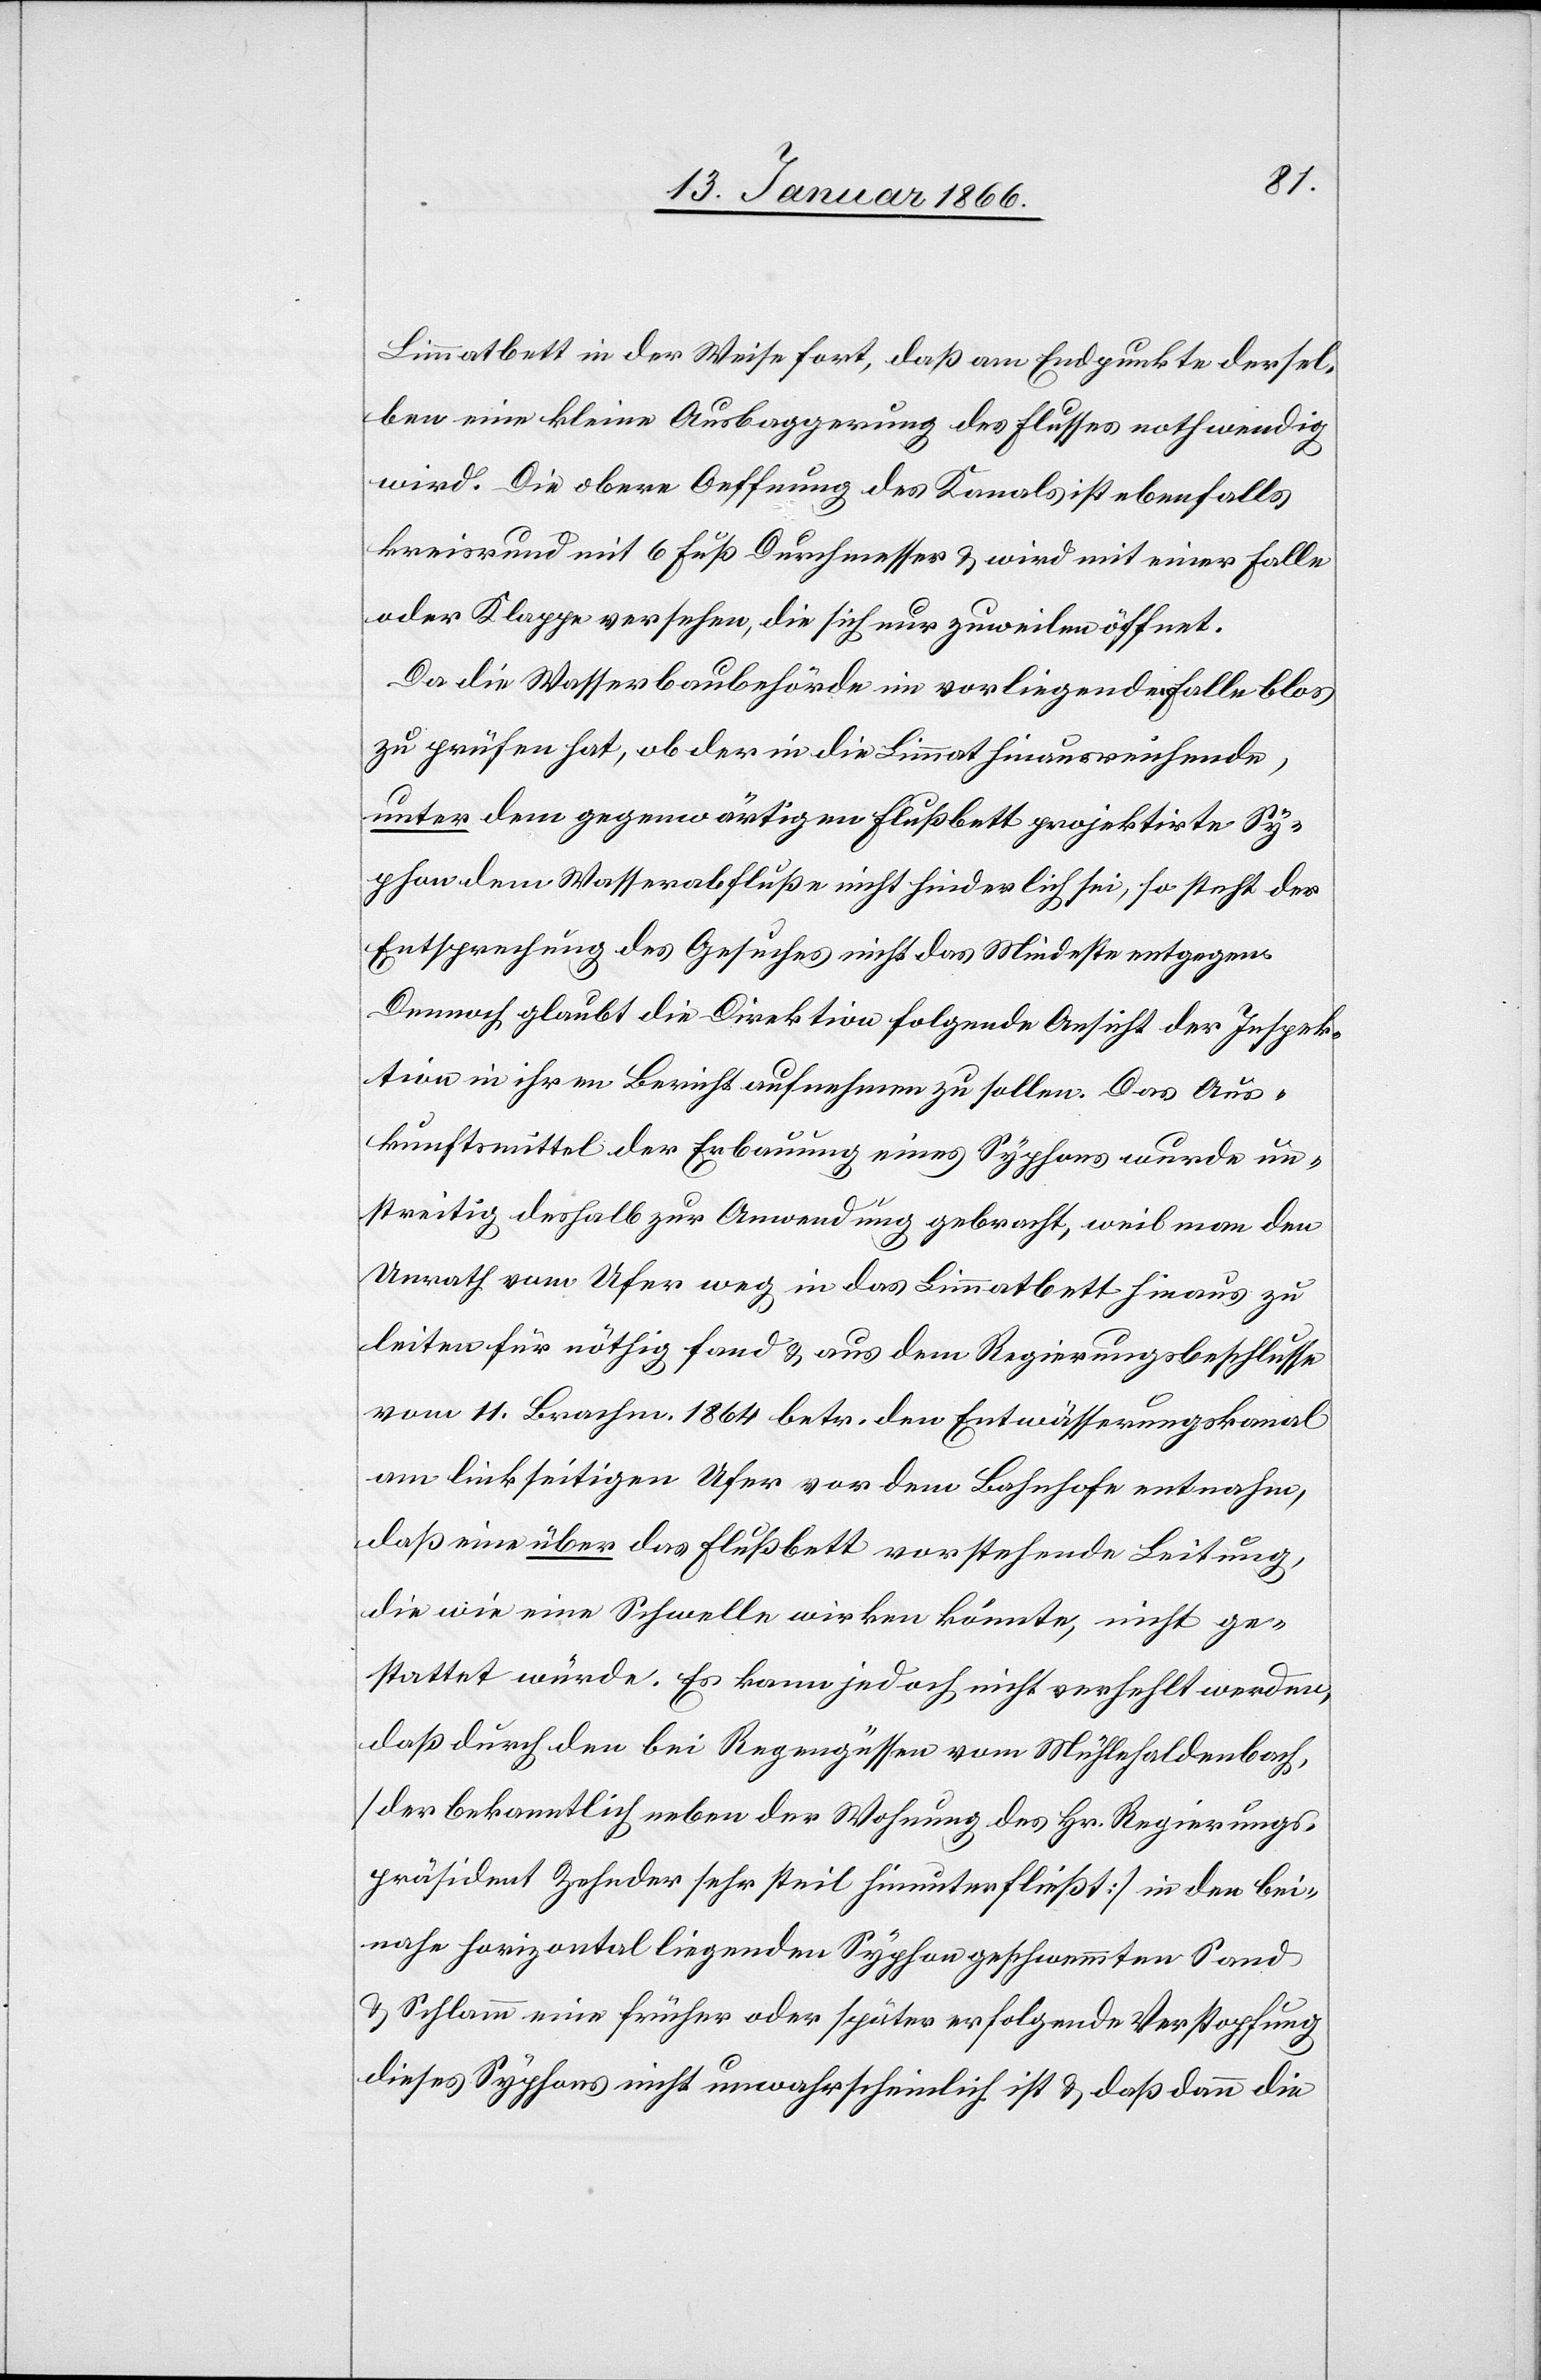
Limmatbett in der Weise fort, daß am Endpunkte dersel¬
ben eine kleine Ausbaggerung des Flusses nothwendig
wird. Die obere Oeffnung des Kanals ist ebenfalls
kreisrund mit 6 Fuß Durchmesser u. wird mit einer Falle
oder Klappe versehen, die sich nur zuweilen öffnet.
Da die Wasserbaubehörde im vorliegenden Falle blos
zu prüfen hat, ob der in die Limmat hinausweisende,
unter dem gegenwärtigen Flußbett projektirte Sy¬
phon dem Wasserabfluße nicht hinderlich sei, so steht der
Entsprechung des Gesuches nicht das Mindeste entgegen.
Demnach glaubt die Direktion folgende Ansicht der Inspek¬
tion in ihren Bericht aufnehmen zu sollen. Das Aus¬
kunftsmittel der Erbauung eines Syphons wurde un¬
streitig deshalb zur Anwendung gebracht, weil man den
Unrath vom Ufer weg in das Limmatbett hinaus zu
leiten für nöthig fand u. aus dem Regierungsbeschlusse
vom 11. Brachm. 1864 betr. den Entwässerungskanal
am linkseitigen Ufer vor dem Bahnhofe entnahm,
daß eine über das Flußbett vorstehende Leitung,
die wie eine Schwelle wirken könnte, nicht ge¬
stattet würde. Es kann jedoch nicht verhehlt werden,
daß durch den bei Regengüssen vom Mühlehaldenbach,
[der bekanntlich neben der Wohnung des Hr. Regierungs¬
präsident Zehnder sehr steil hinunterfließt] in den bei¬
nahe horizontal liegenden Syphon geschwemmten Sand
u. Schlamm eine früher oder später erfolgende Verstopfung
dieses Syphons nicht unwahrscheinlich ist u. daß dann die